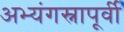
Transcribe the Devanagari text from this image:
अभ्यंगस्नापूर्वी